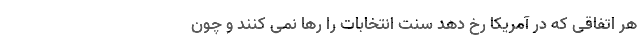
هر اتفاقی که در آمریکا رخ دهد سنت انتخابات را رها نمی کنند و چون